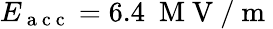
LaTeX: E_{\mathrm{~a~c~c~}}=6.4\ \mathrm{~M~V~}/\mathrm{~m~}